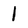
Character: l